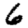
Digit: 6